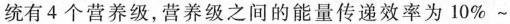
统有4个营养级，营养级之间的能量传递效率为10\%\sim